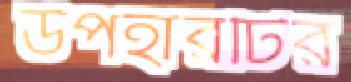
উপহারটির